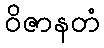
ဝိဇာနတံ